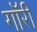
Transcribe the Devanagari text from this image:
गॉरी